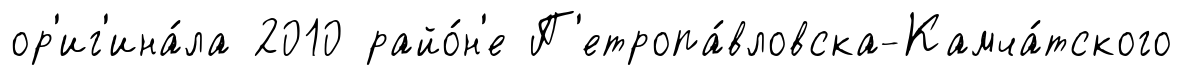
ор'иг'ина́ла 2010 райо́н'е П'етропа́вловска-Камча́тского